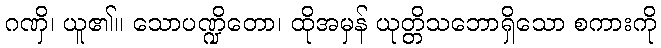
ဂဏှိ၊ ယူ၏။ သောပဏ္ဍိတော၊ ထိုအမှန် ယုတ္တိသဘောရှိသော စကားကို